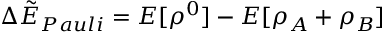
\Delta \tilde { E } _ { P a u l i } = E [ \rho ^ { 0 } ] - E [ \rho _ { A } + \rho _ { B } ]